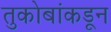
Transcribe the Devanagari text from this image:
तुकोबांकडून